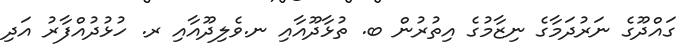
ގައްދޫގެ ނަރުދަމާގެ ނިޒާމުގެ އިތުރުން ބ. ތުޅާދޫއާއި ނ.ވެލިދޫއާއި ރ. ހުޅުދުއްފާރު އަދި